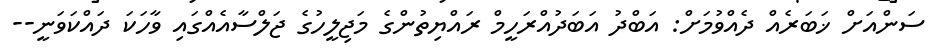
ސަންއަށް ޚަބަރެއް ދެއްވުމަށް: އަބްދު އަބަދުއްރަހީމް ރައްޔިތުންގެ މަޖިލީހުގެ ޖަލްސާއެއްގައި ވާހަކަ ދައްކަވަނީ--